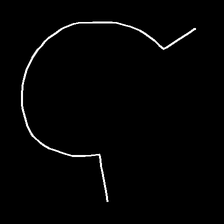
Glyph: weave